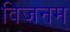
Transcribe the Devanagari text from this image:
विजनम्